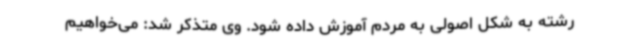
رشته به شکل اصولی به مردم آموزش داده شود. وی متذکر شد: می‌خواهیم